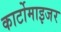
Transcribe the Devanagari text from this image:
कार्टोमाइजर